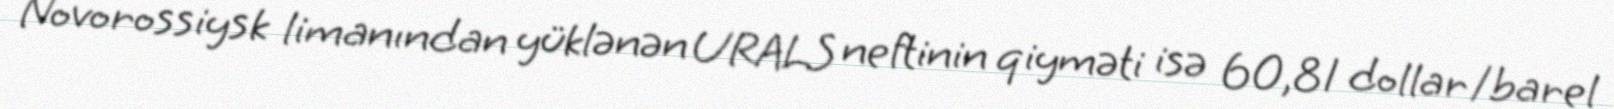
Novorossiysk limanından yüklənən URALS neftinin qiyməti isə 60,81 dollar/barel